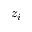
z _ { i }